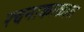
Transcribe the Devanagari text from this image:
रचनाकाळात